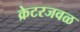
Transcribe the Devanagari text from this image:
क्रेटरजवळ